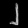
Digit: ၂